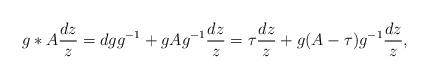
LaTeX: \begin{align*}g*A \frac{dz}{z}= dgg^{-1}+gAg^{-1} \frac{dz}{z}= \tau \frac{dz}{z}+g(A-\tau)g^{-1} \frac{dz}{z},\end{align*}